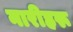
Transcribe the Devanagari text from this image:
नारीहरू